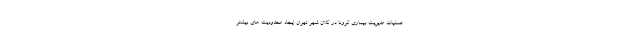
عملیات مدیریت بیماری کرونا در کلان شهر تهران ایجاد محدودیت های بیشتر